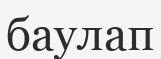
баулап